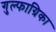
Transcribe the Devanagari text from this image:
गुल्फाग्रिका